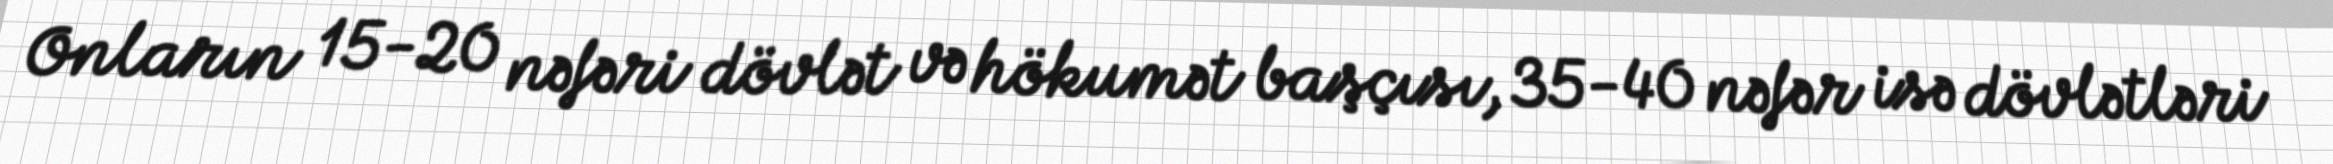
Onların 15-20 nəfəri dövlət və hökumət başçısı, 35-40 nəfər isə dövlətləri